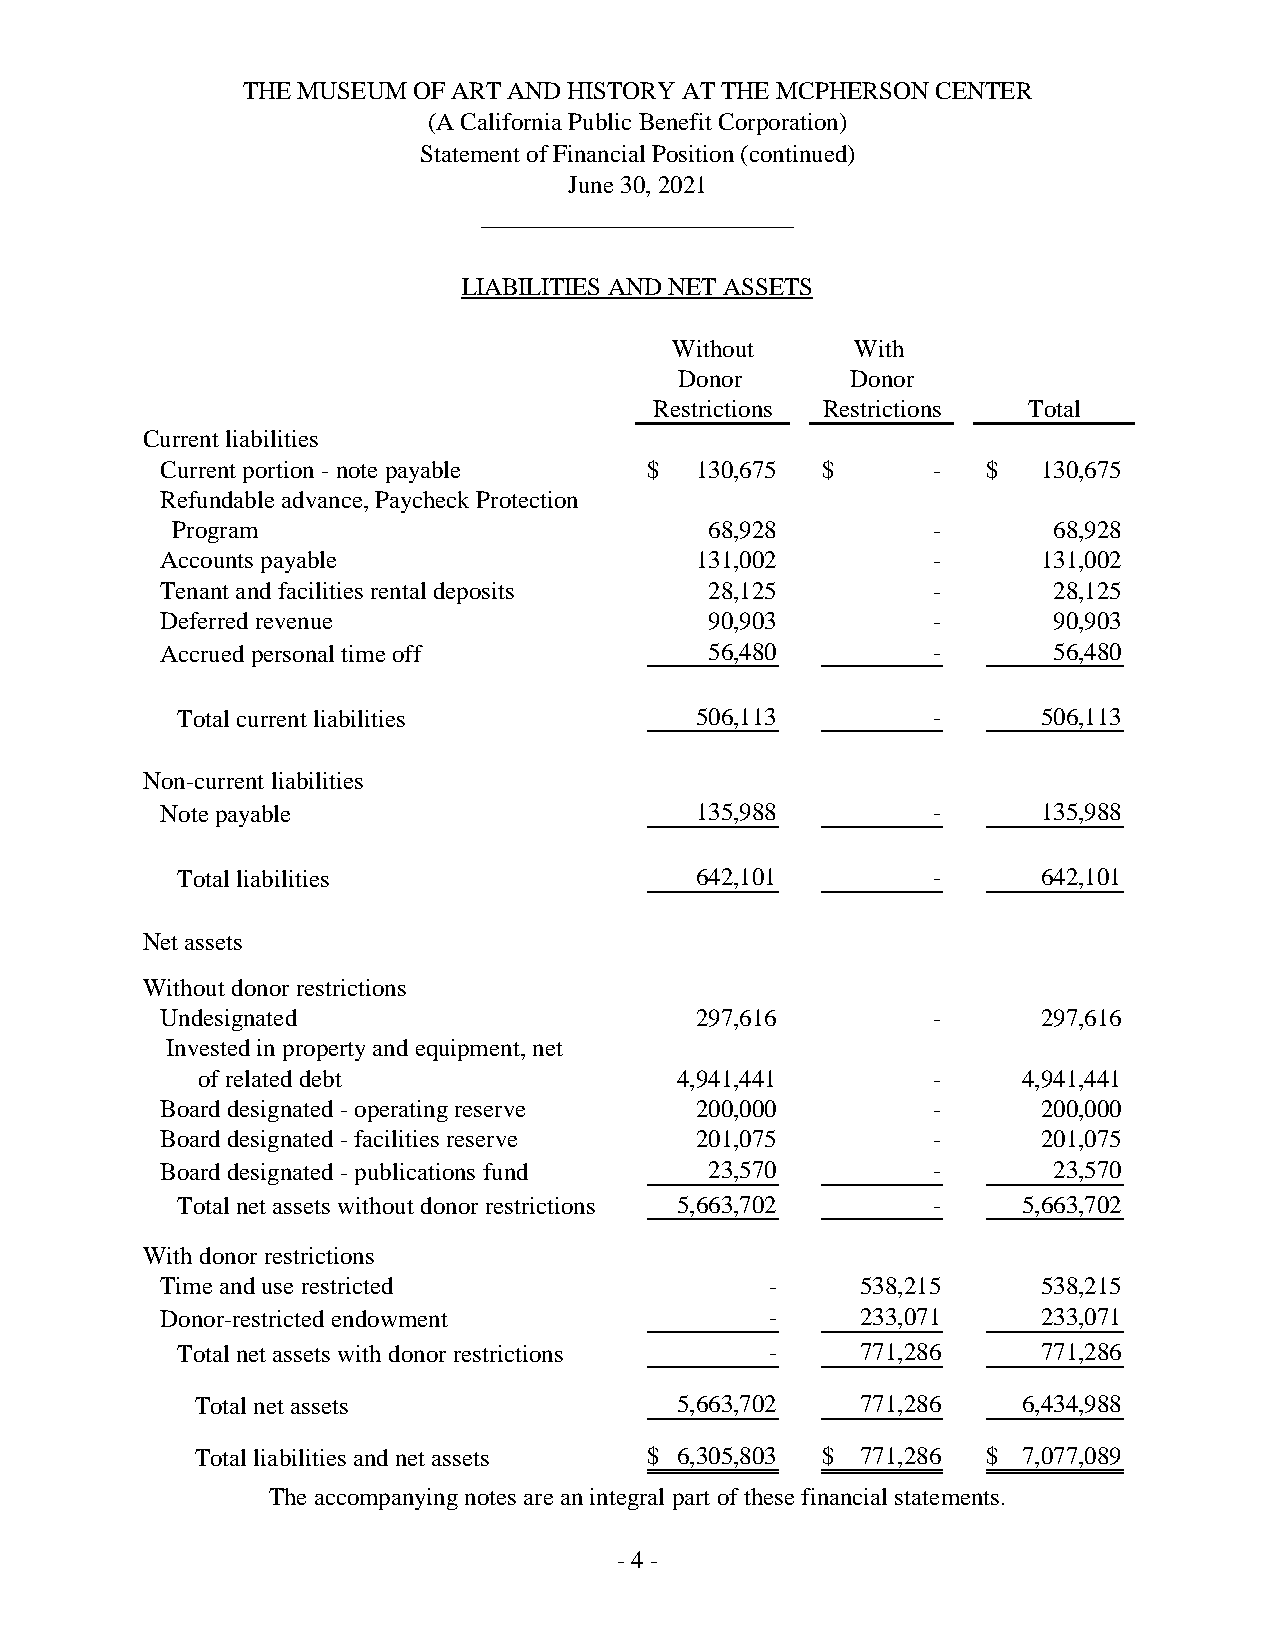
THE MUSEUM OF ART AND HISTORY AT THE MCPHERSON CENTER
 (A California Public Benefit Corporation)
 Statement of Financial Position (continued)
 June 30, 2021
 _________________________
 LIABILITIES AND NET ASSETS
 Without      With
 Donor      Donor
 Restrictions Restrictions Total
 Current liabilities
 Current portion - note payable  $  130,675 $       -  $   130,675
 Refundable advance, Paycheck Protection
 Program                             68,928         -       68,928
 Accounts payable                   131,002         -      131,002
 Tenant and facilities rental deposits 28,125       -       28,125
 Deferred revenue                    90,903         -       90,903
 Accrued personal time off           56,480         -       56,480
 Total current liabilities         506,113         -      506,113
 Non-current liabilities
 Note payable                       135,988         -      135,988
 Total liabilities                 642,101         -      642,101
 Net assets
 Without donor restrictions
 Undesignated                       297,616         -      297,616
 Invested in property and equipment, net
 of related debt                 4,941,441        -     4,941,441
 Board designated - operating reserve 200,000       -      200,000
 Board designated - facilities reserve 201,075      -      201,075
 Board designated - publications fund 23,570        -       23,570
 Total net assets without donor restrictions 5,663,702 - 5,663,702
 With donor restrictions
 Time and use restricted                 -     538,215     538,215
 Donor-restricted endowment              -     233,071     233,071
 Total net assets with donor restrictions -   771,286     771,286
 Total net assets                5,663,702   771,286    6,434,988
 Total liabilities and net assets $ 6,305,803 $ 771,286 $ 7,077,089
 The accompanying notes are an integral part of these financial statements.
 -4 -